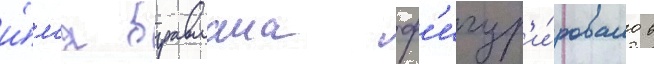
и́м'я бравмана ф'игур'и́ровало в